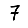
Digit: 7